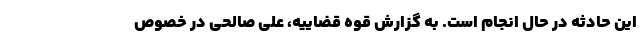
این حادثه در حال انجام است. به گزارش قوه قضاییه، علی صالحی در خصوص